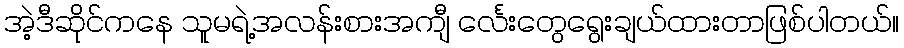
အဲ့ဒီဆိုင်ကနေ သူမရဲ့အလန်းစားအကျီ င်္လေးတွေရွေးချယ်ထားတာဖြစ်ပါတယ်။